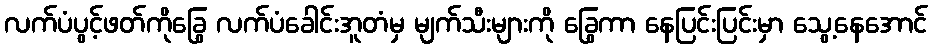
လက်ပံပွင့်ဖတ်ကိုခြွေ လက်ပံခေါင်းအူတံမှ မျက်သီးများကို ခြွေကာ နေပြင်းပြင်းမှာ သွေ့နေအောင်